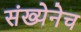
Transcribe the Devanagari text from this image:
संख्येनेच